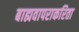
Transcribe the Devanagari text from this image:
बाह्यवापराकरिता